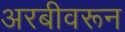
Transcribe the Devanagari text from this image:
अरबीवरून